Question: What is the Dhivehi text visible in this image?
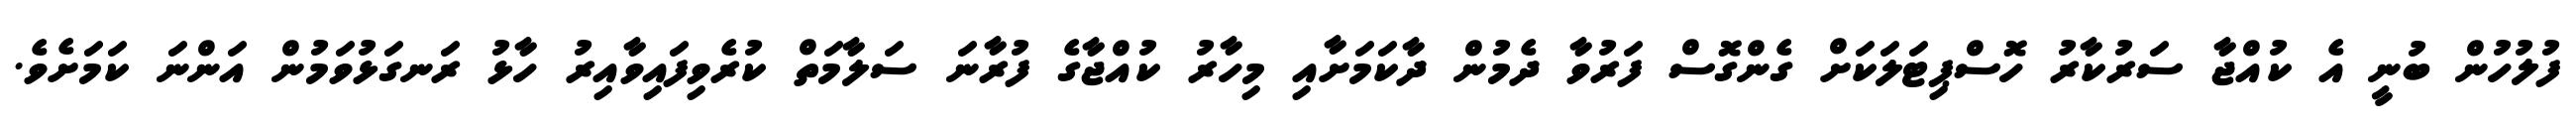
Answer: ފުލުހުން ބުނީ އެ ކުއްޖާ ސަރުކާރު ހޮސްޕިޓަލަކަށް ގެންގޮސް ފަރުވާ ދެމުން ދާކަމަށާއި މިހާރު ކުއްޖާގެ ފުރާނަ ސަލާމަތް ކުރެވިފައިވާއިރު ހާޅު ރަނގަޅުވަމުން އަންނަ ކަމަށެވެ.